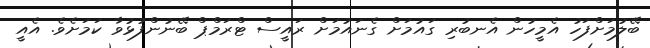
ބޭލުމަށްފަހު އެމީހުން އެނބުރި ގައުމަށް ގެނައުމަށް ރައީސް ޓްރަމްޕް ބޭނުންފުޅުވާ ކަމަށެވެ. އެއީ